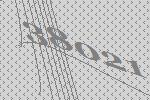
38021